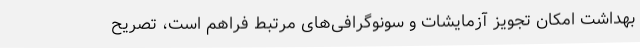
بهداشت امکان تجویز آزمایشات و سونوگرافی‌های مرتبط فراهم است، تصریح